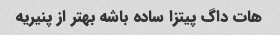
هات داگ پیتزا ساده باشه بهتر از پنیریه